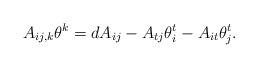
LaTeX: \begin{align*} A_{ij, k}\theta^k = dA_{ij}-A_{tj}\theta^t_i-A_{it}\theta^t_j. \end{align*}